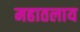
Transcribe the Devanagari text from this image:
महातलाय